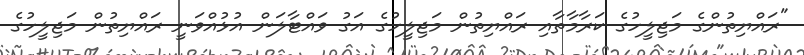
"ރައްޔިތުންގެ މަޖިލީހުގެ ކަރާމާތާއި ރައްޔިތުން މަޖިލީހުގެ އަގު ވައްޓާލަން އުޅުއްވަނީ ރައްޔިތުން މަޖިލީހުގެ